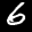
Label: 6